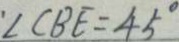
\angle C B E = 4 5 ^ { \circ }